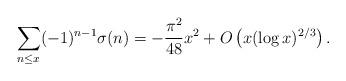
LaTeX: \begin{align*} \sum_{n\le x} (-1)^{n-1} \sigma(n) = - \frac{\pi^2}{48} x^2 +O\left( x (\log x)^{2/3} \right).\end{align*}